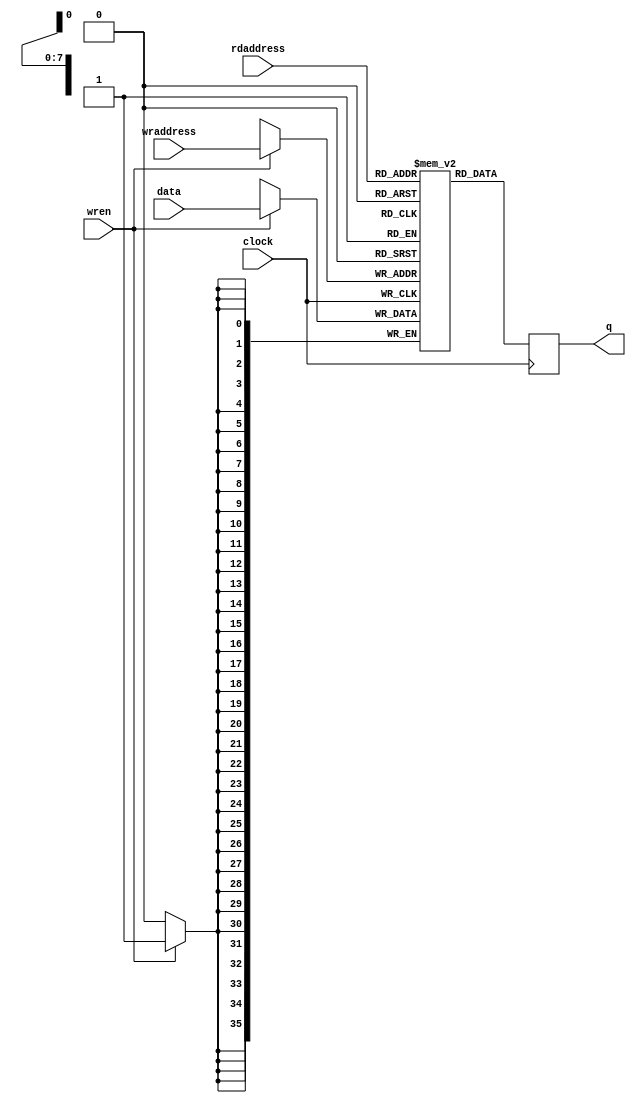
module rw_manager_ram

(

 data,
 rdaddress, 
 wraddress,
 wren, clock,
 q

);

parameter DATA_WIDTH=36;
parameter ADDR_WIDTH=8;

input [(DATA_WIDTH-1):0] data;
input [(ADDR_WIDTH-1):0] rdaddress, wraddress;
input wren, clock;
output reg [(DATA_WIDTH-1):0] q;

	reg [DATA_WIDTH-1:0] ram[2**ADDR_WIDTH-1:0];


	always @ (posedge clock)

	begin

		if (wren)

		ram[wraddress] <= data[DATA_WIDTH-1:0];

		q <= ram[rdaddress];

	end



endmodule